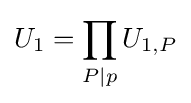
U_{1}=\prod _{P|p}U_{1,P}